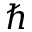
\hbar